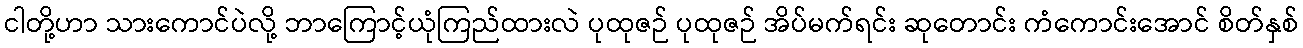
ငါတို့ဟာ သားကောင်ပဲလို့ ဘာကြောင့်ယုံကြည်ထားလဲ ပုထုဇဉ် ပုထုဇဉ် အိပ်မက်ရင်း ဆုတောင်း ကံကောင်းအောင် စိတ်နှစ်